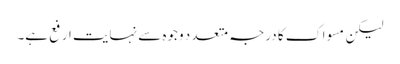
لیکن مسواک کا درجہ متعد د وجوہ سے نہایت ارفع ہے۔